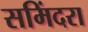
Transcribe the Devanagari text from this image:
समिंदरा